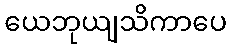
ယေဘုယျသိကာပေ